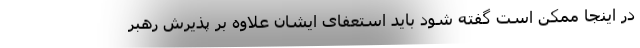
در اینجا ممکن است گفته شود باید استعفای ایشان علاوه بر پذیرش رهبر